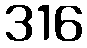
316